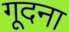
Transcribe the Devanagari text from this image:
गूदना